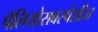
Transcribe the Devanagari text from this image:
पेलियोसबस्पेसीज